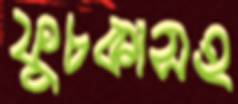
ফুচকাসহ